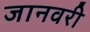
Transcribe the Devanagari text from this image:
जानवरी